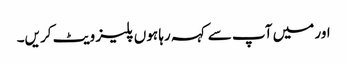
اور میں آپ سے کہہ رہا ہوں پلیز ویٹ کریں۔